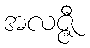
အလဇ္ဇီ